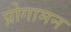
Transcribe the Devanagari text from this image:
प्रोगामन